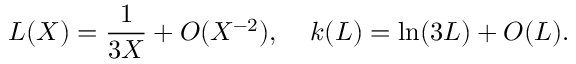
L ( X ) = { \frac { 1 } { 3 X } } + O ( X ^ { - 2 } ) , \; \; \; \; k ( L ) = \ln ( 3 L ) + O ( L ) .